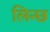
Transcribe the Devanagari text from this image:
लिन्छ